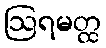
ဩရမတ္ထ